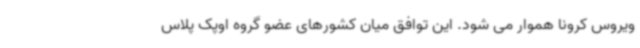
ویروس کرونا هموار می شود. این توافق میان کشورهای عضو گروه اوپک پلاس